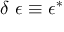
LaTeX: \delta \ { \boldsymbol { \epsilon } } \equiv { \boldsymbol { \epsilon } } ^ { * }